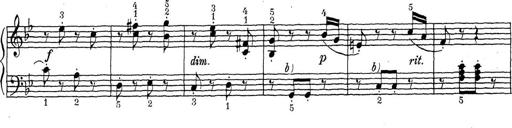
Title: ÄŒeskÃ© Sonatiny
Composer: Various